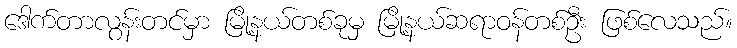
ဒေါက်တာလွန်းတင်မှာ မြို့နယ်တစ်ခုမှ မြို့နယ်ဆရာဝန်တစ်ဦး ဖြစ်လေသည်။